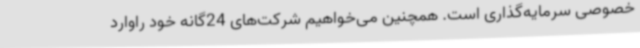
خصوصی سرمایه‌گذاری است. همچنین می‌خواهیم شرکت‌های 24گانه خود راوارد